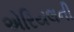
એરિયલની